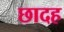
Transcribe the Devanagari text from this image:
छादह